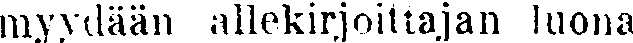
myydään allekirjoittajan luona